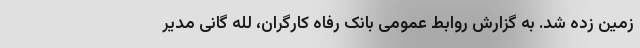
زمین زده شد. به گزارش روابط عمومی بانک رفاه کارگران، لله گانی مدیر